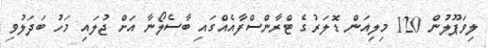
ލިވަޕޫލުން 120 މިލިއަން ޑޮލަރުގެ ޓްރާންސްފާއެއްގައި ބާސެލޯނާ އަށް ޖުލައި މަހު ބަދަލުވި